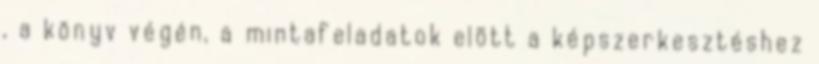
, a könyv végén, a mintafeladatok elõtt a képszerkesztéshez